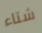
شتاء